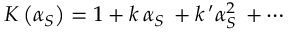
K \left( \alpha _ { S } \right) = 1 + k \, \alpha _ { S } \, + k \, ^ { \prime } \alpha _ { S } ^ { 2 } \, + \cdots